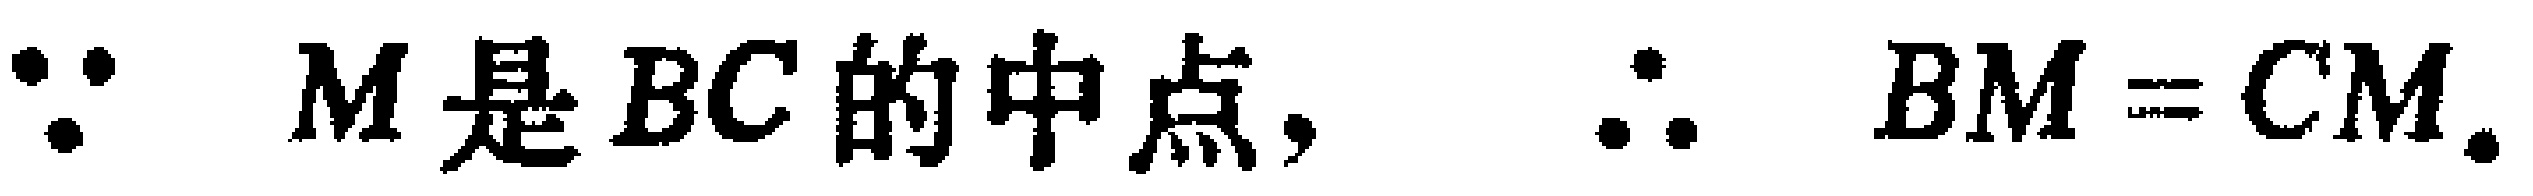
\(\because M是BC的中点, \therefore BM = CM.\)